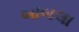
બાબલા